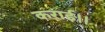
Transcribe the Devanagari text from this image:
कराई।।